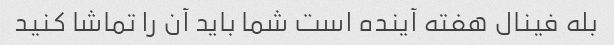
بله فینال هفته آینده است شما باید آن را تماشا کنید